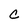
Character: c